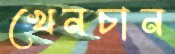
খেনচান